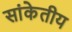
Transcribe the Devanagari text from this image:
सांकेतीय